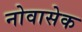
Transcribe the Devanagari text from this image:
नोवासेक